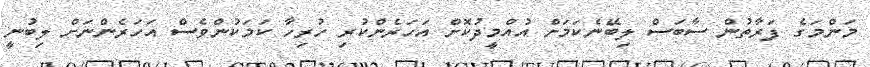
މަންމަގެ ފަރާތުން ސާބަސް ލިބޭނެކަމަށް އުއްމީދުކޮށް އަހަރެންކުރި ހުރިހާ ކަމަކުންވެސް އަހަރެންނަށް ލިބުނީ